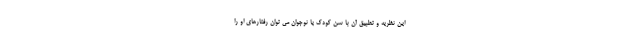
این نظریه و تطبیق آن با سن کودک یا نوجوان می توان رفتارهای او را